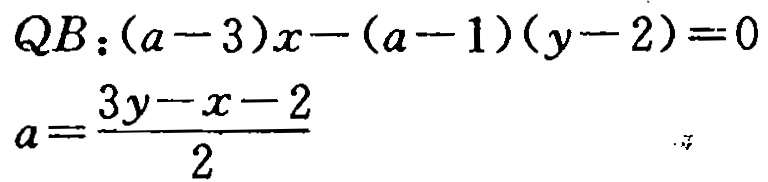
\[
\begin{align*}
QB:(a - 3)x-(a - 1)(y - 2)&=0\\
a&=\frac{3y - x - 2}{2}
\end{align*}
\]